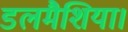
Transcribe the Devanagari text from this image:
डलमैशिया।